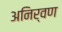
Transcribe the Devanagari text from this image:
अनिर्वण